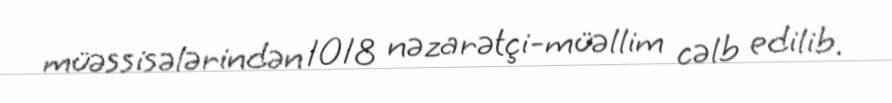
müəssisələrindən 1018 nəzarətçi-müəllim cəlb edilib.